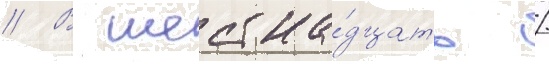
// В шестна́дцать /